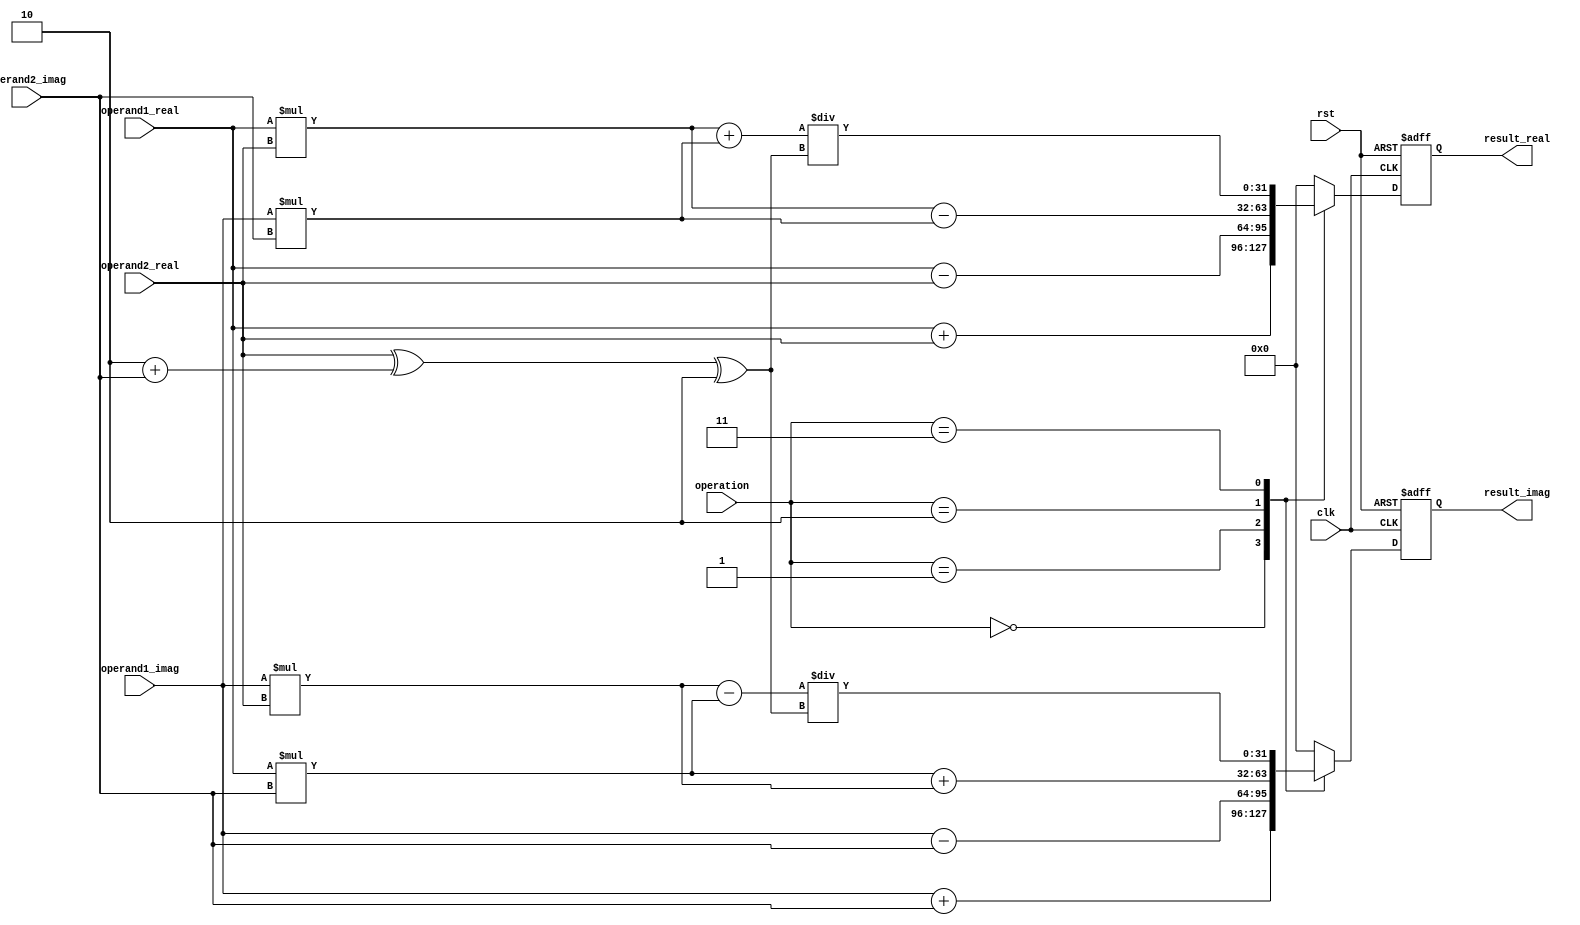
module Complex_ALU (
    input wire clk,
    input wire rst,
    input wire [7:0] operation,
    input wire [31:0] operand1_real,
    input wire [31:0] operand1_imag,
    input wire [31:0] operand2_real,
    input wire [31:0] operand2_imag,
    output wire [31:0] result_real,
    output wire [31:0] result_imag
);

reg [31:0] temp_real;
reg [31:0] temp_imag;

always @ (posedge clk or posedge rst) begin
    if (rst) begin
        temp_real <= 32'h0;
        temp_imag <= 32'h0;
    end else begin
        case(operation)
            8'b0000_0000: begin // addition
                temp_real <= operand1_real + operand2_real;
                temp_imag <= operand1_imag + operand2_imag;
            end
            8'b0000_0001: begin // subtraction
                temp_real <= operand1_real - operand2_real;
                temp_imag <= operand1_imag - operand2_imag;
            end
            8'b0000_0010: begin // multiplication
                temp_real <= operand1_real * operand2_real - operand1_imag * operand2_imag;
                temp_imag <= operand1_real * operand2_imag + operand1_imag * operand2_real;
            end
            8'b0000_0011: begin // division
                temp_real <= (operand1_real * operand2_real + operand1_imag * operand2_imag) / (operand2_real^2 + operand2_imag^2);
                temp_imag <= (operand1_imag * operand2_real - operand1_real * operand2_imag) / (operand2_real^2 + operand2_imag^2);
            end
            default: begin
                temp_real <= 32'h0;
                temp_imag <= 32'h0;
            end
        endcase
    end
end

assign result_real = temp_real;
assign result_imag = temp_imag;

endmodule